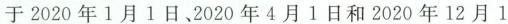
于2020年1月1日、2020年4月1日和2020年12月1